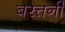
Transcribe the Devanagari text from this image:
बरत्तनी